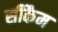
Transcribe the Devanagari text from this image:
सीकैम